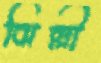
ঝিল্লী